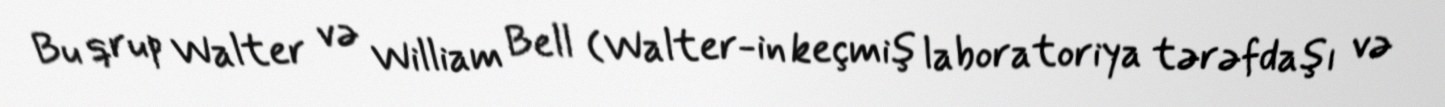
Bu qrup Walter və William Bell (Walter-in keçmiş laboratoriya tərəfdaşı və